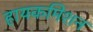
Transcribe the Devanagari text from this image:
हायकमिशन